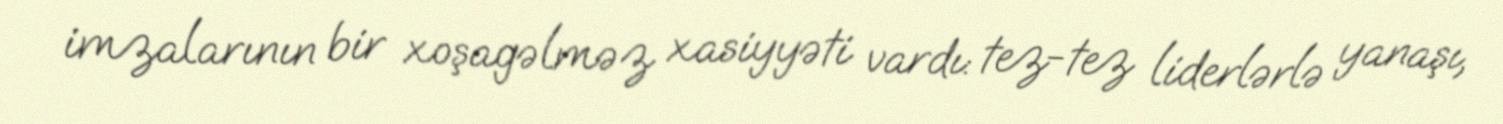
imzalarının bir xoşagəlməz xasiyyəti vardı: tez-tez liderlərlə yanaşı,